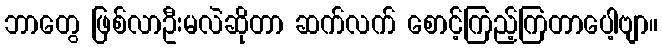
ဘာတွေ ဖြစ်လာဦးမလဲဆိုတာ ဆက်လက် စောင့်ကြည့်ကြတာပေါ့ဗျာ။